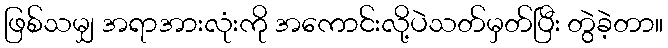
ဖြစ်သမျှ အရာအားလုံးကို အကောင်းလို့ပဲသတ်မှတ်ပြီး တွဲခဲ့တာ။